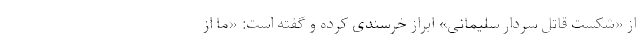
از «شکست قاتل سردار سلیمانی» ابراز خرسندی کرده و گفته است: «ما از